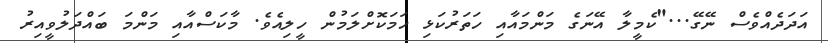
އަދަދެއްވެސް ނޭގޭ..."ކެމީލާ އޭނަގެ މަންމައާއި ހަތަރުކަޅި ހަމަކޮށްލަމުން ހީލިއެވެ. މާކަސްއާއި މަންމަ ބައްދަލުވީއިރު